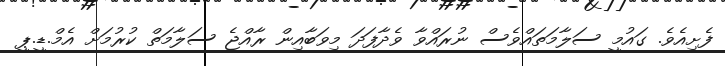
ފެށިއެވެ. ގައުމީ ސަލާމަތައްވެސް ނުރައްވާ ވެދާފަދަ މިވަބާއިން ރާއްޖެ ސަލާމަތް ކުރުމަށް އެމް.ޑީ.ޕީ